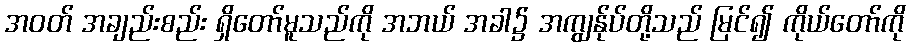
အဝတ် အချည်းစည်း ရှိတော်မူသည်ကို အဘယ် အခါ၌ အကျွန်ုပ်တို့သည် မြင်၍ ကိုယ်တော်ကို